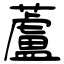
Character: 蘆